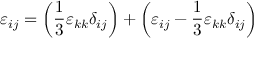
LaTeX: \varepsilon _ { i j } = \left( { \frac { 1 } { 3 } } \varepsilon _ { k k } \delta _ { i j } \right) + \left( \varepsilon _ { i j } - { \frac { 1 } { 3 } } \varepsilon _ { k k } \delta _ { i j } \right)